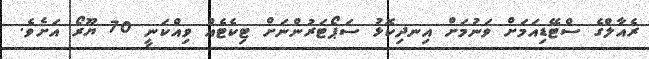
ރެއާލްގެ ސްޓޭޑިއަމަށް ވަނުމަށް އިނދިކޮޅު ސަޕޯޓަރުންނަށް ޓިކެޓެއް ވިއްކަނީ 70 ޔޫރޯ އަށެވެ.